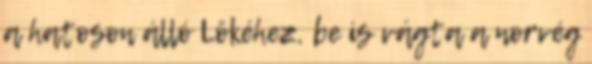
a hatoson álló Lökéhez, be is vágta a norvég